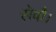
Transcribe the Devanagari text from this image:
सेवाै।